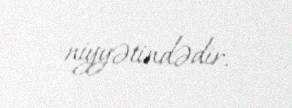
niyyətindədir.